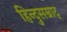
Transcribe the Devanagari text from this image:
हिन्दुसम्राट्